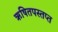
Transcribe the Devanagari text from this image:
ऋषितपस्तप्त